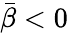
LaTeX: {\bar{\beta}}<0